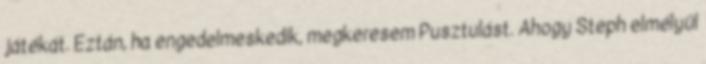
játékát. Eztán, ha engedelmeskedik, megkeresem Pusztulást. Ahogy Steph elmélyül